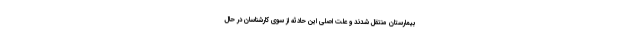
بیمارستان منتقل شدند و علت اصلی این حادثه از سوی کارشناسان در حال